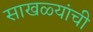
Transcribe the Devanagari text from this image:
साखळ्यांची